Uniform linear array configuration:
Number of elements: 12
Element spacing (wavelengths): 0.5
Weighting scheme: blackman
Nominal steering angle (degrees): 45
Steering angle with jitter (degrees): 46.437
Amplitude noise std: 0.05
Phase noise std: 0.05

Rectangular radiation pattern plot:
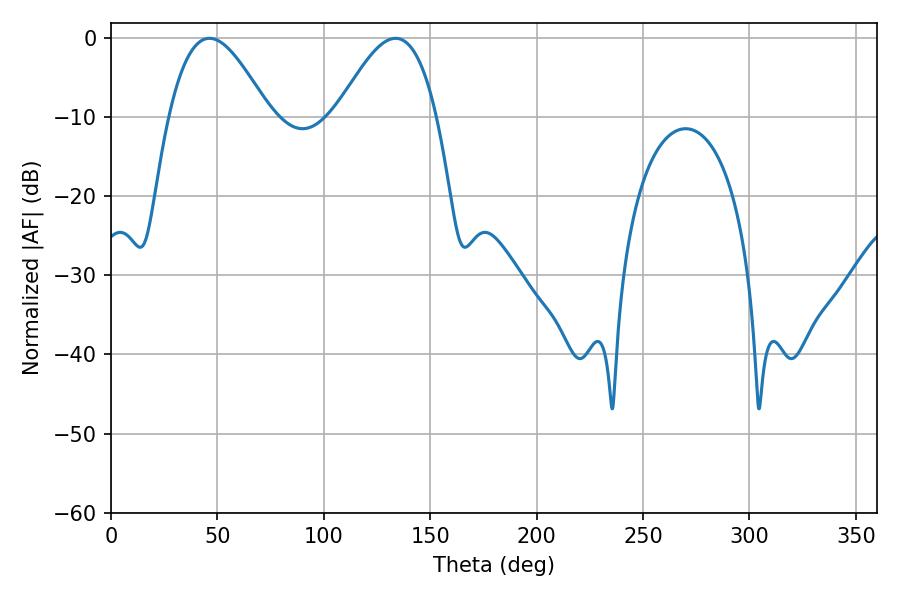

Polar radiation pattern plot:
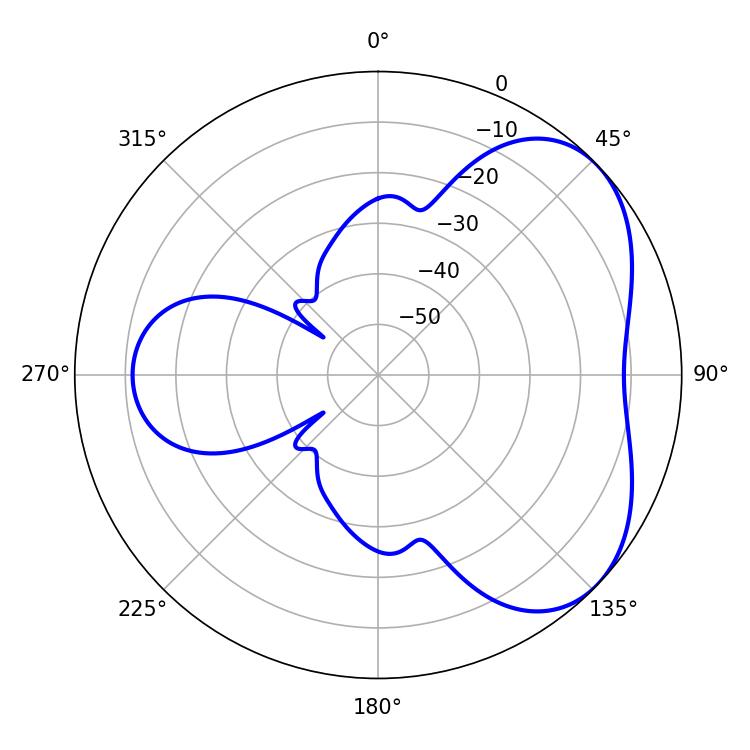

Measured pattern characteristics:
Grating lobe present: FALSE
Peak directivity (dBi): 4.477
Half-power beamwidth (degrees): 25.38
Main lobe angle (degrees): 46.26